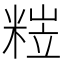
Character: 𥺺